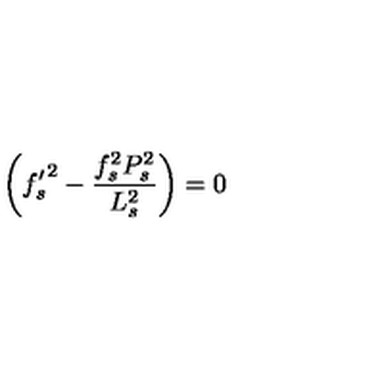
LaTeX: \biggl ( { f _ { s } ^ { \prime } } ^ { 2 } - \frac { f _ { s } ^ { 2 } P _ { s } ^ { 2 } } { L _ { s } ^ { 2 } } \biggr ) = 0